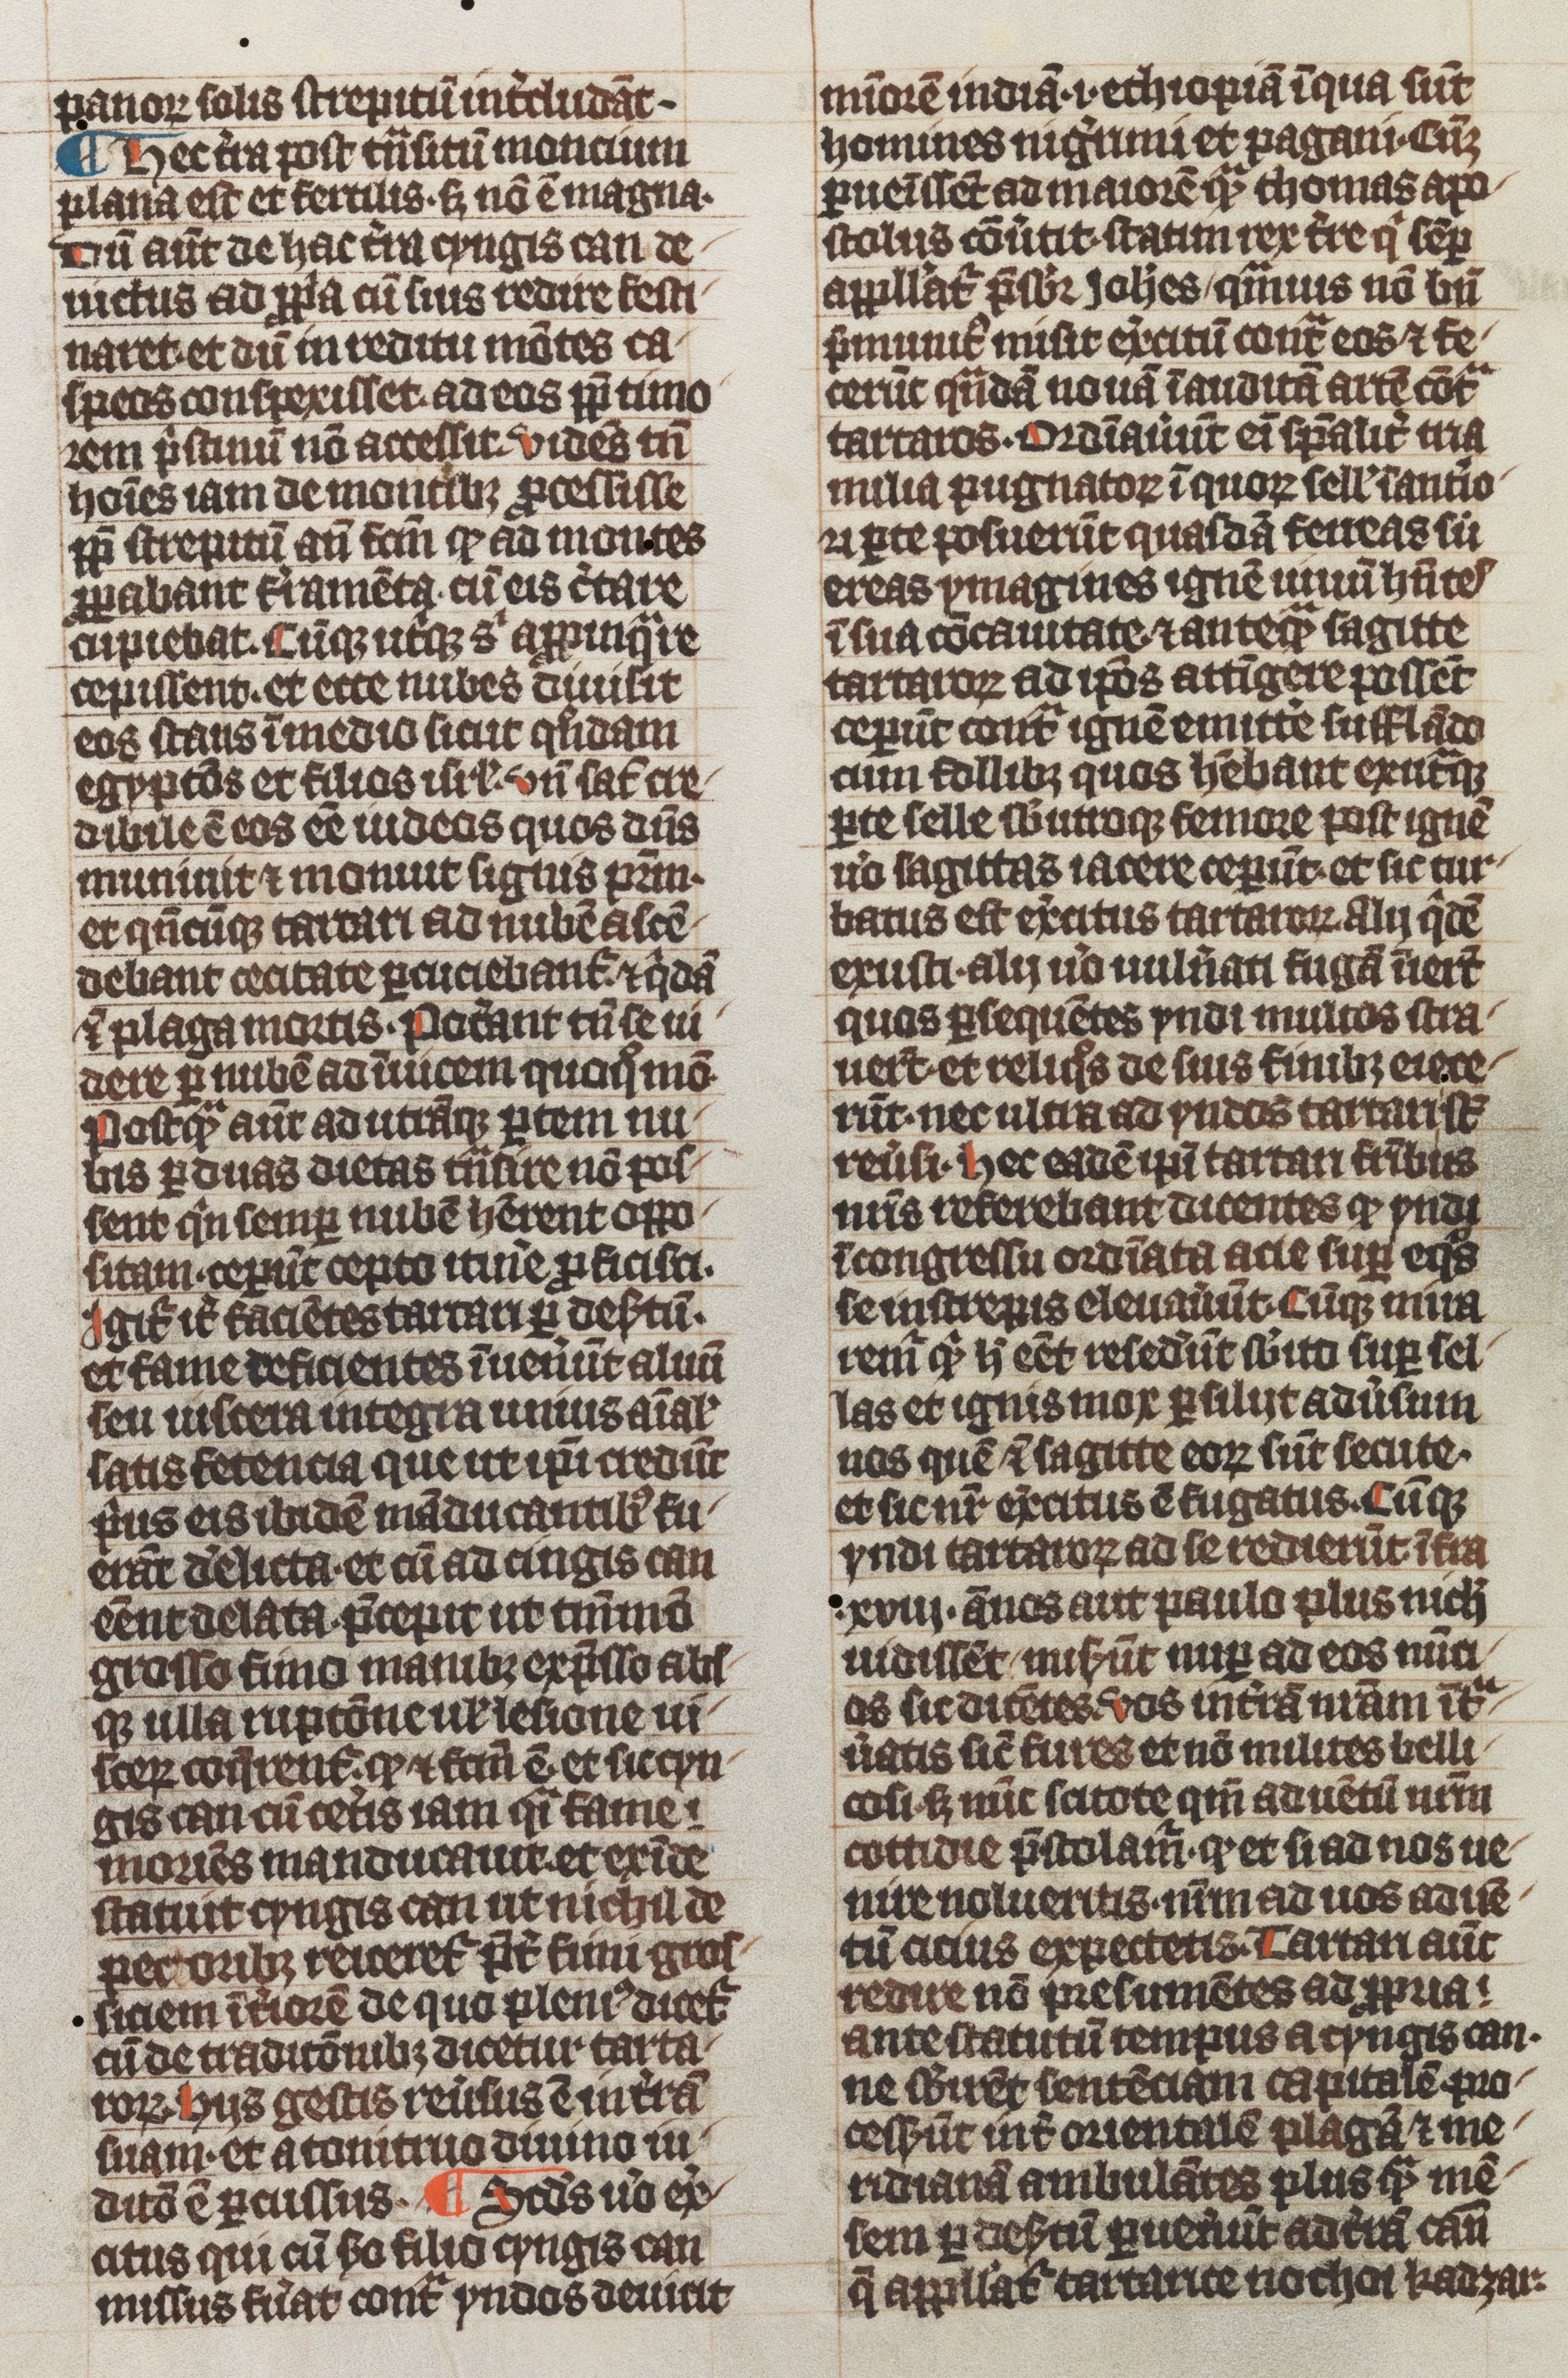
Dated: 1339–1340